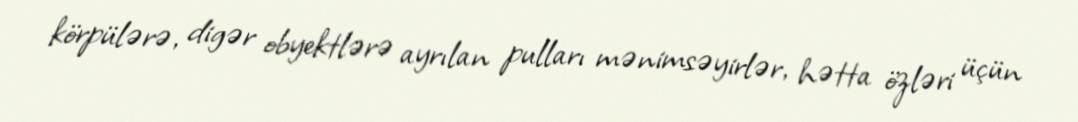
körpülərə, digər obyektlərə ayrılan pulları mənimsəyirlər, hətta özləri üçün